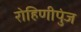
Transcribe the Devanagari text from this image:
रोहिणीपुंज